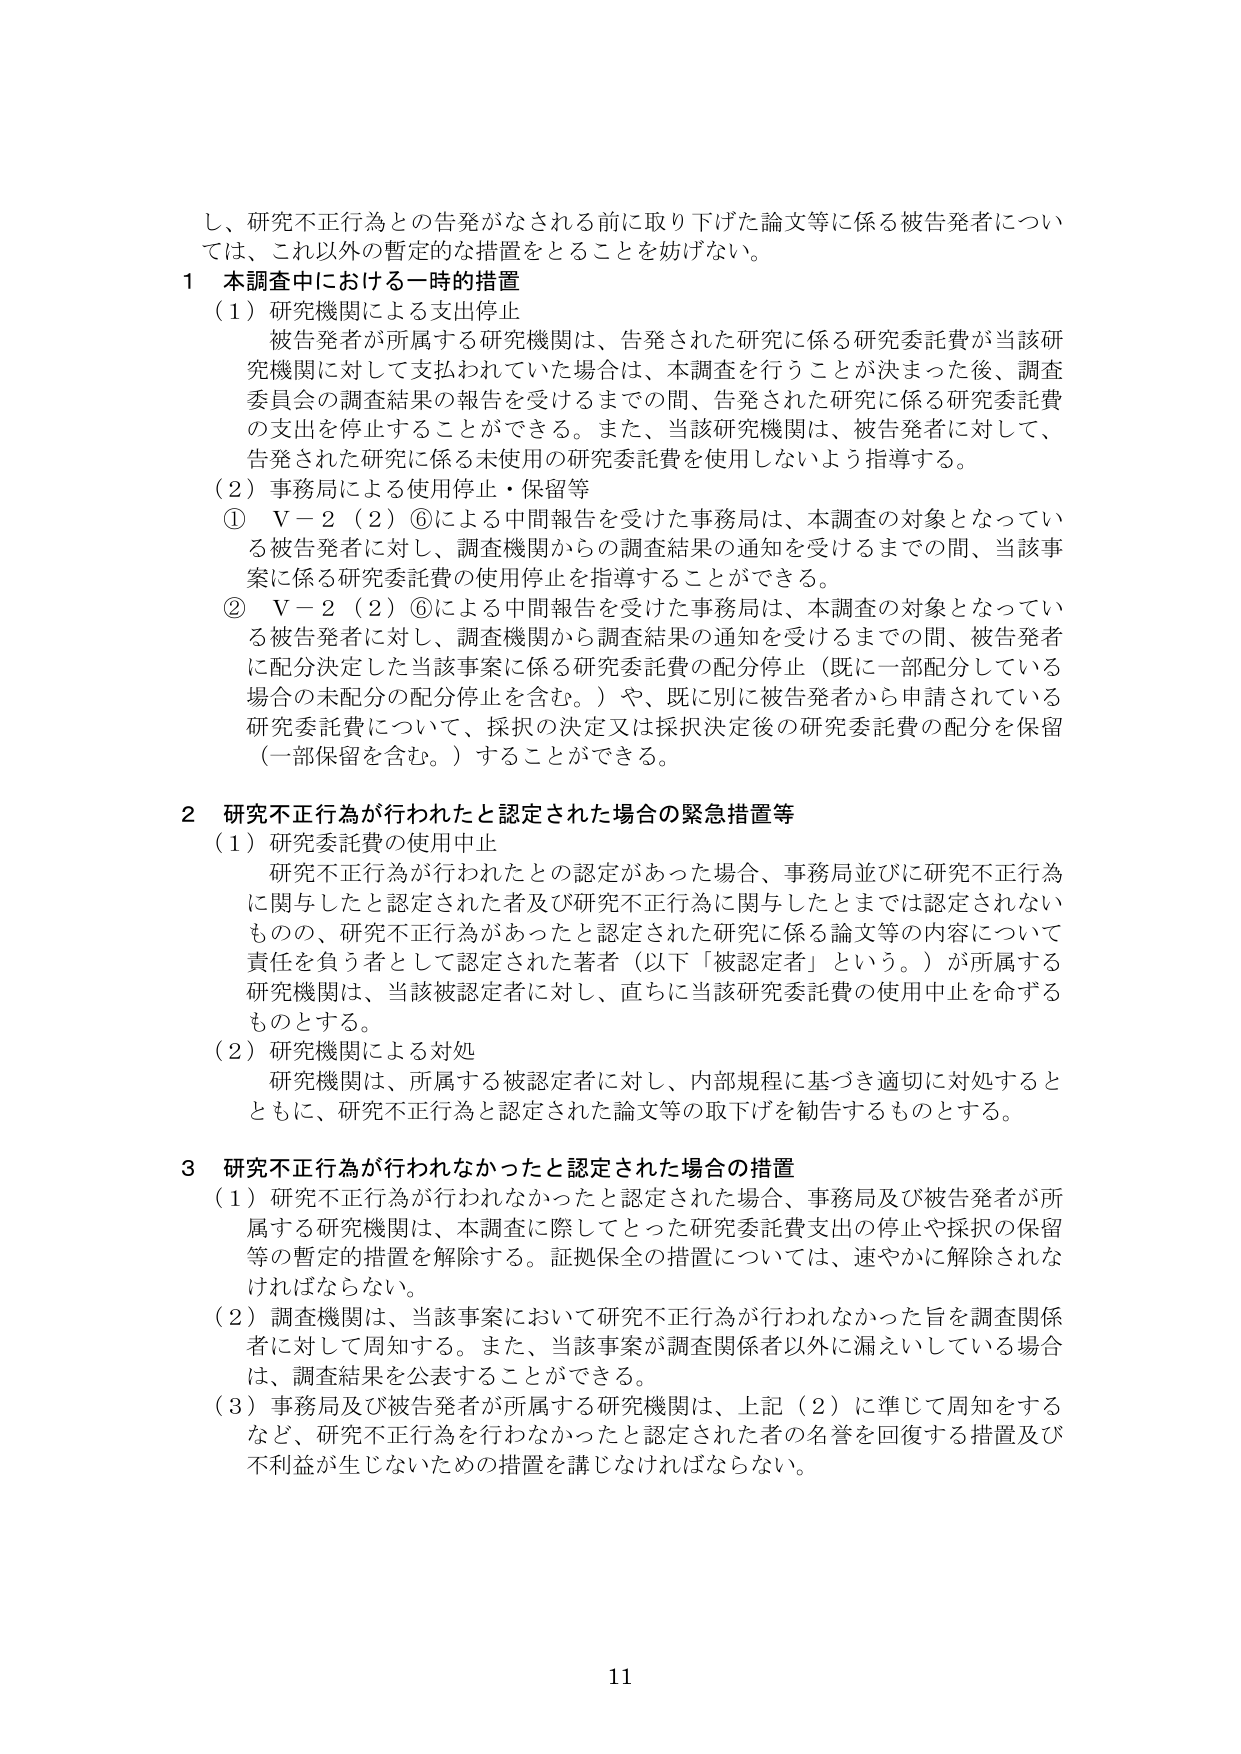
し、研究不正行為との告発がなされる前に取り下げた論文等に係る被告発者については、これ以外の暫定的な措置をとることを妨げない。

1 本調査中における一時的措置
（1）研究機関による支出停止
被告発者が所属する研究機関は、告発された研究に係る研究委託費が当該研究機関に対して支払われていた場合は、本調査を行うことが決まった後、調査委員会の調査結果の報告を受けるまでの間、告発された研究に係る研究委託費の支出を停止することができる。また、当該研究機関は、被告発者に対して、告発された研究に係る未使用の研究委託費を使用しないよう指導する。
（2）事務局による使用停止・保留等
① V－2（2）⑥による中間報告を受けた事務局は、本調査の対象となっている被告発者に対し、調査機関からの調査結果の通知を受けるまでの間、当該事案に係る研究委託費の使用停止を指導することができる。
② V－2（2）⑥による中間報告を受けた事務局は、本調査の対象となっている被告発者に対し、調査機関から調査結果の通知を受けるまでの間、被告発者に配分決定した当該事案に係る研究委託費の配分停止（既に一部配分している場合の未配分の配分停止を含む。）や、既に別に被告発者から申請されている研究委託費について、採択の決定又は採択決定後の研究委託費の配分を保留（一部保留を含む。）することができる。

2 研究不正行為が行われたと認定された場合の緊急措置等
（1）研究委託費の使用中止
研究不正行為が行われたとの認定があった場合、事務局並びに研究不正行為に関与したと認定された者及び研究不正行為に関与したとまでは認定されないものの、研究不正行為があったと認定された研究に係る論文等の内容について責任を負う者として認定された著者（以下「被認定者」という。）が所属する研究機関は、当該被認定者に対し、直ちに当該研究委託費の使用中止を命ずるものとする。
（2）研究機関による対処
研究機関は、所属する被認定者に対し、内部規程に基づき適切に対処するとともに、研究不正行為と認定された論文等の取下げを勧告するものとする。

3 研究不正行為が行われなかったと認定された場合の措置
（1）研究不正行為が行われなかったと認定された場合、事務局及び被告発者が所属する研究機関は、本調査に際してとった研究委託費支出の停止や採択の保留等の暫定的措置を解除する。証拠保全の措置については、速やかに解除されなければならない。
（2）調査機関は、当該事案において研究不正行為が行われなかった旨を調査関係者に対して周知する。また、当該事案が調査関係者以外に漏えいしている場合は、調査結果を公表することができる。
（3）事務局及び被告発者が所属する研究機関は、上記（2）に準じて周知をするなど、研究不正行為を行わなかったと認定された者の名誉を回復する措置及び不利益が生じないための措置を講じなければならない。

11